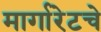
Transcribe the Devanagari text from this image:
मार्गारेटचे